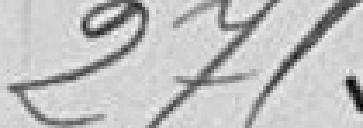
275